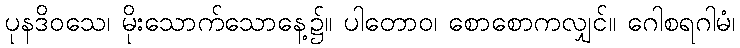
ပုနဒိဝသေ၊ မိုးသောက်သောနေ့၌။ ပါတောဝ၊ စောစောကလျှင်။ ဂေါစရဂါမံ၊